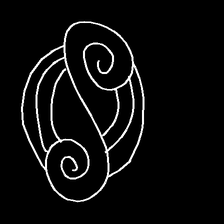
Glyph: wind-underfoot